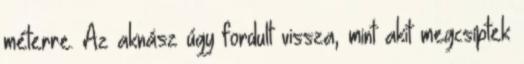
méterre. Az aknász úgy fordult vissza, mint akit megcsíptek